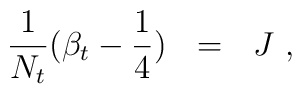
{1\over N_t}(\beta_t -{1\over 4})~~=  ~~J~,